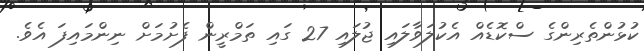
ކުޅުންތެރިންގެ ސްކޮޑެއް އެކުލަވާލައި ޖުލައި 27 ގައި ތަމްރީން ފެށުމަށް ނިންމައިފަ އެވެ.